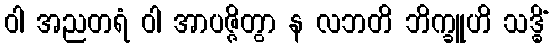
ဝါ အညတရံ ဝါ အာပဇ္ဇိတွာ န လဘတိ ဘိက္ခူဟိ သဒ္ဓိံ